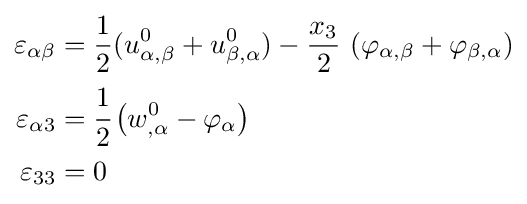
{\begin{aligned}\varepsilon _{\alpha \beta }&={\frac {1}{2}}(u_{\alpha ,\beta }^{0}+u_{\beta ,\alpha }^{0})-{\frac {x_{3}}{2}}~(\varphi _{\alpha ,\beta }+\varphi _{\beta ,\alpha })\\\varepsilon _{\alpha 3}&={\cfrac {1}{2}}\left(w_{,\alpha }^{0}-\varphi _{\alpha }\right)\\\varepsilon _{33}&=0\end{aligned}}